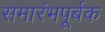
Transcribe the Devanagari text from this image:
समारंभपूर्बक